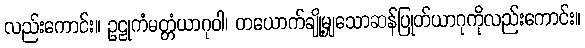
လည်းကောင်း။ ဥဠုကံမတ္တံယာဂုဝါ၊ တယောက်ချို့မျှသောဆန်ပြုတ်ယာဂုကိုလည်းကောင်း။